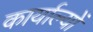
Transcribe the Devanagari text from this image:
कार्याल्यों